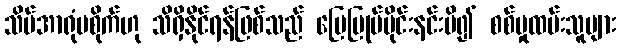
သိပ်အာရုံမစိုက်ဟု သိရှိနိုင်ရန်ဖြစ်သည် မြေမြုပ်မိုင်းနင်းမိ၍ စစ်မှုထမ်းသူများ